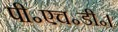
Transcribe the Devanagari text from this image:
पी॰एच॰डी॰।